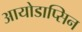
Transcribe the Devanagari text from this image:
आयोडाप्सिन